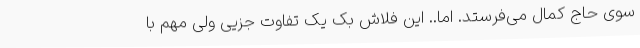
سوی حاج کمال می‌فرستد. اما.. این فلاش بک یک تفاوت جزیی ولی مهم با